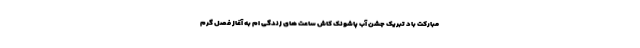
مبارکت باد تبریک جشن آب پاشونک کاش ساعت های زندگی ام به آغاز فصل گرم